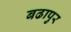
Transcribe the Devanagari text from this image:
बढापुर